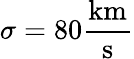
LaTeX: \sigma=80\frac{\mathrm{km}}{\mathrm{s}}